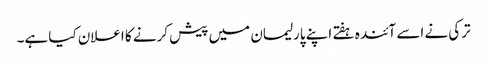
ترکی نے اسے آئندہ ہفتے اپنے پارلیمان میں پیش کرنے کا اعلان کیا ہے۔